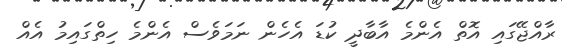
ރާއްޖޭގައި އޮތް އެންމެ އާބާދީ ކުޑަ އެހެން ނަމަވެސް އެންމެ ހިތްގައިމު އެއް